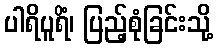
ပါရိပူရိံ၊ ပြည့်စုံခြင်းသို့